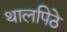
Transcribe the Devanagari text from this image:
थालपिठे